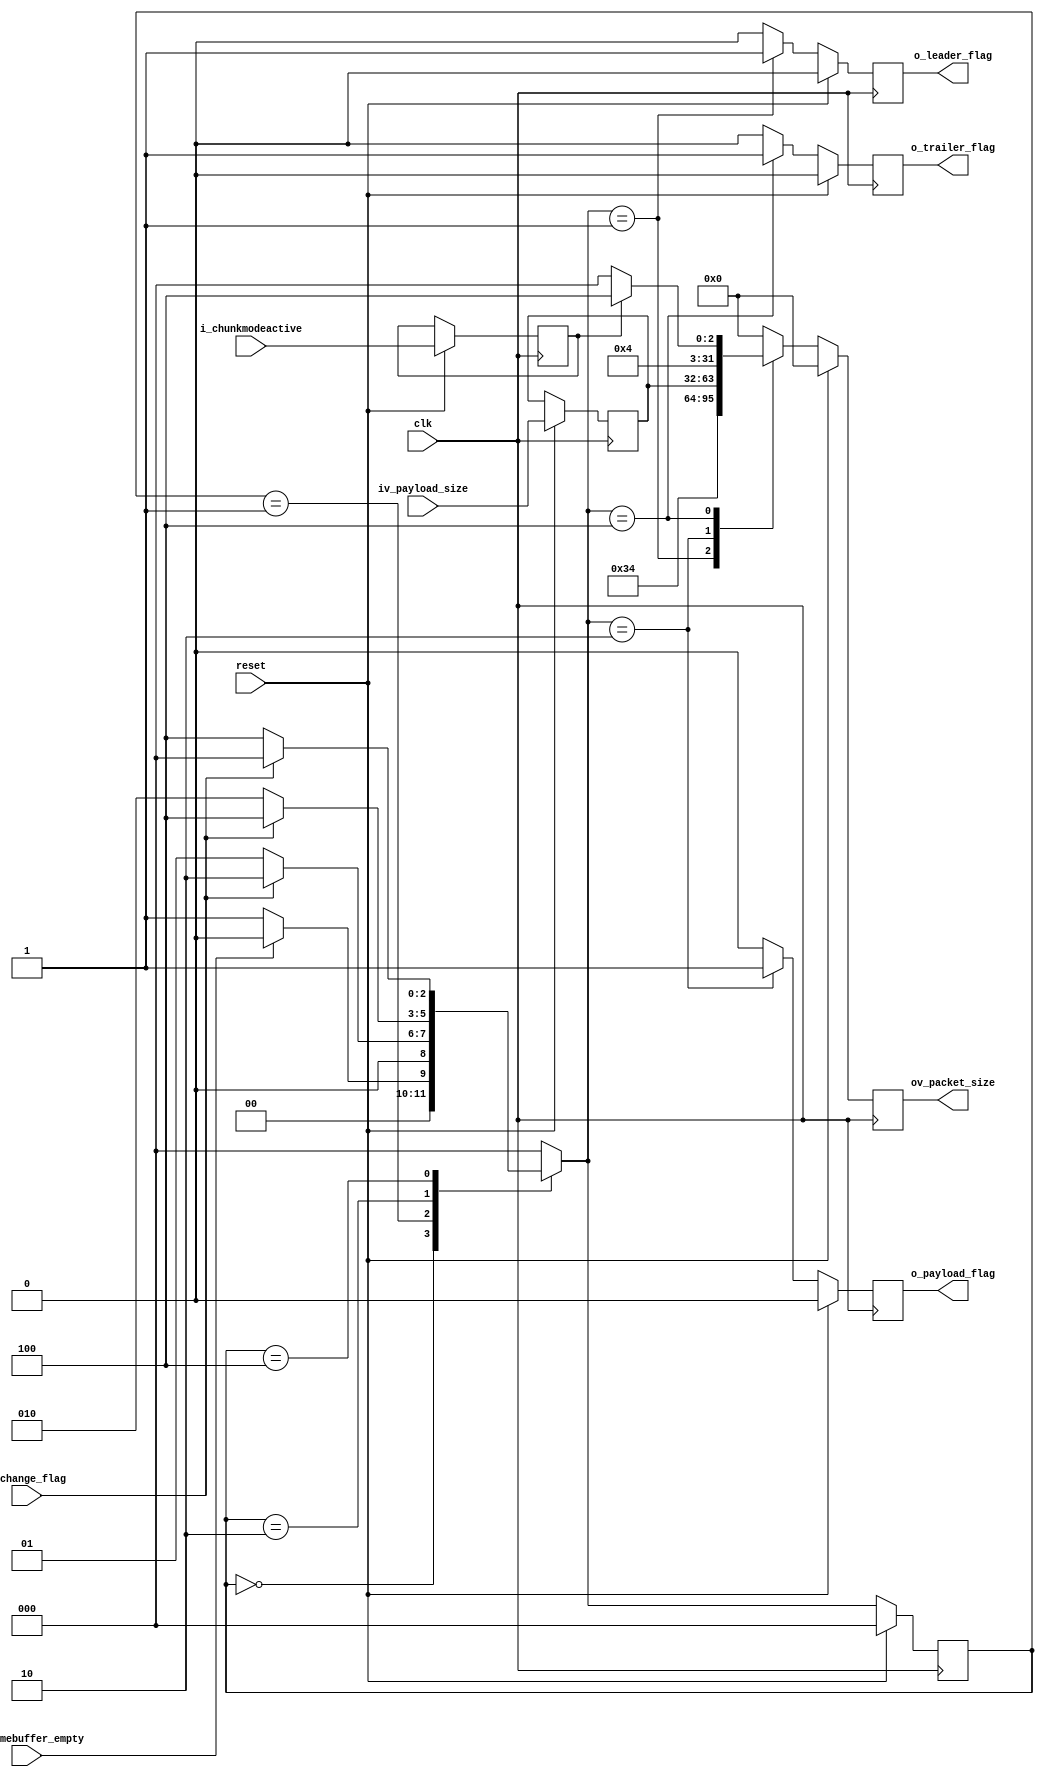
//-------------------------------------------------------------------------------------------------
//  --    : , 2010 -2015.
//  --      .
//  --          : FPGA
//  --        : packet_switch
//  --        : 
//-------------------------------------------------------------------------------------------------
//
//  --  :
//
//  --          :| 				:|  
//-------------------------------------------------------------------------------------------------
//  --          :| 2014/12/1 10:31:08	:|  
//-------------------------------------------------------------------------------------------------
//
//  -- 
//              1)  : FIFOU3_interface
//
//-------------------------------------------------------------------------------------------------
///
`timescale 1ns/1ps
//-------------------------------------------------------------------------------------------------

module packet_switch #(
	parameter			REG_WD 									=	32	//
)
(
//  ===============================================================================================
//  
//  ===============================================================================================
	input								clk						,		//clk_gpif
	input								reset					,		//clk_gpif

//  ===============================================================================================
//  
//  ===============================================================================================

	input								i_chunkmodeactive		,		//chunkclk_gpif,0)leader52  trailer32     1)leader52  trailer36
	input								i_framebuffer_empty		,		//framebufferFIFOclk_gpif,
	input		[REG_WD-1			:0] iv_payload_size			,		//payload_sizeclk_gpif,

//  ===============================================================================================
//  
//  ===============================================================================================
	input								i_change_flag			,		//leaderpayloadtrailer
	output	reg							o_leader_flag			,		//
	output	reg							o_trailer_flag			,		//
	output	reg							o_payload_flag			,		//
	output	reg	[REG_WD-1			:0] ov_packet_size					//
);
//  ===============================================================================================
//  
//  ===============================================================================================
	localparam 			IMAGE_LEADER_LENGTH 					=	13		;	//IMAGELEADER
	localparam			IMAGE_TRAILER_LENGTH 					=	8		;	//IMAGETRAILER
    localparam     		IMAGE_EXTEND_CHUNK_LEADER_LENGTH  		=	13		;	//IMAGE_EXTEND_CHUNKLEADER
    localparam     		IMAGE_EXTEND_CHUNK_TRAILER_LENGTH 		=	9		;	//IMAGE_EXTEND_CHUNKTRAILER

 	localparam 			IDLE 									=	3'B000	;
 	localparam 			LEADER 									=	3'B001	;
 	localparam 			PAYLOAD									=	3'B010	;
 	localparam 			TRAILER									=	3'B100	;
//  ===============================================================================================
//  
//  ===============================================================================================
	reg			[2					:0] current_state		;
	reg			[2					:0] next_state			;
	reg     							w_chunkmodeactive	;
	reg			[REG_WD-1			:0] payload_size_reg	;
//  ===============================================================================================
//  ,
//  ===============================================================================================
	always @ ( posedge	clk )
	begin
		if ( reset )
			begin
				w_chunkmodeactive 	<= i_chunkmodeactive;
				payload_size_reg	<= iv_payload_size;
			end
	end
//  ===============================================================================================
//  
//	
//  
//	IDLE
//	i_framebuffer_empty,fifoIDLE
//	i_change_flag
//  ===============================================================================================
	always @ (posedge clk ) begin
		if(reset)
	   		current_state <= IDLE;
		else
	   		current_state <= next_state;
		end

	always @ * begin
	    next_state = IDLE;
	    case( current_state )
		IDLE:
			begin
				if ( !i_framebuffer_empty )		//FIFO
					next_state = LEADER;
				else
					next_state = IDLE;
			end
		LEADER:									//i_change_flag
			begin
				if ( i_change_flag )
					next_state = PAYLOAD;
				else
					next_state = LEADER;
			end
		PAYLOAD:								//i_change_flag
			begin
				if ( i_change_flag )
					next_state = TRAILER;
				else
					next_state = PAYLOAD;
			end
		TRAILER:								//i_change_flag
			begin
				if ( i_change_flag )
					next_state = IDLE;
				else
					next_state = TRAILER;
			end
	    endcase
	end

	always @ (posedge clk ) begin
		if( reset ) begin						//
			o_leader_flag	<=	1'b0;
			o_trailer_flag	<=	1'b0;
			o_payload_flag	<=	1'b0;
			ov_packet_size	<=	32'h0;
		end
		else begin
			o_leader_flag	<=	1'b0;
			o_trailer_flag	<=	1'b0;
			o_payload_flag	<=	1'b0;
			ov_packet_size	<=	32'h0;
			case( next_state )
				LEADER:
					begin
					o_leader_flag	<=	1'b1;
					ov_packet_size	<=	32'h34;				//52
					end
				PAYLOAD:
					begin
					o_payload_flag	<=	1'b1;
					ov_packet_size	<=	payload_size_reg;
					end
				TRAILER:
					begin
					o_trailer_flag	<=	1'b1;
					if ( w_chunkmodeactive )
						ov_packet_size	<=	32'h24;			//chunktrailer36
					else
						ov_packet_size	<=	32'h20;			//chunktrailer32
					end
				default	:;
			endcase
		end
	end
endmodule